Lunatic asylums in Bengal annual reports 1912-1924 - 1912-1924
Year: 1912
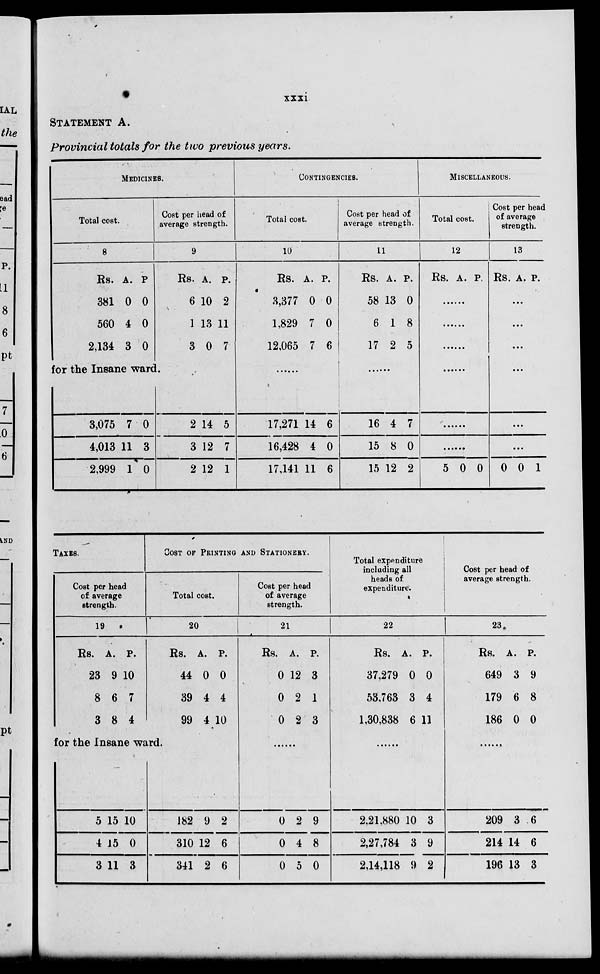
xxxi
STATEMENT A.
Provincial totals for the two previous years.
MEDICINES.
Total cost.
8
Rs.
381
560
2,134
A.
0
4
3
P.
0
0
0
Cost per head of
average strength.
9
Rs.
6
1
3
A.
10
13
0
P.
2
11
7
for the Insane ward.
3,075
4,013
2,999
7
11
1
0
3
0
2
3
2
14
12
12
5
7
1
CONTINGENCIES.
Total cost.
10
Rs.
3,377
1,829
12,065
A.
0
1
7
P.
0
0
6
......
17,271
16,428
17,141
14
4
11
6
0
6
Cost per head of
average strength.
11
Rs.
58
6
17
A.
13
1
2
P.
0
8
0
......
16
15
15
4
8
12
7
0
2
MISCELLANEOUS.
Total cost.
1 2
Rs. A. P.
......
......
......
......
......
......
5 0 0
Cost per head
of average
strength.
13
Rs. A. P.
...
...
...
...
...
...
0 0 1
TAXES.
Cost per head
of average
strength.
19
Rs.
23
8
3
A.
9
6
8
P.
10
7
4
COST OF PRINTING AND STATIONARY.
Total cost.
20
Rs.
44
39
99
A.
0
4
4
P.
0
4
10
for the Insane ward.
5
4
3
15
15
11
10
0
3
182
310
341
9
12
2
2
6
6
Cost per head
of average
strength.
21
Rs.
0
0
0
A.
12
2
2
P.
3
1
3
......
0
0
0
2
4
5
9
8
0
Total expenditure
including all
heads of
expenditure.
22
Rs.
37,279
53,763
1,30,838
A.
0
3
6
P.
0
4
11
......
2,21,880
2,27,784
2,14,118
10
3
9
3
9
2
Cost per head of
average strength.
23
Rs.
649
179
186
A.
3
6
0
P.
9
8
0
......
209
214
196
3
14
13
6
6
3